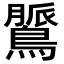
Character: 𪃻